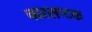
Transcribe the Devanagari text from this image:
चारसप्टक